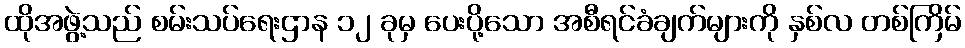
ထိုအဖွဲ့သည် စမ်းသပ်ရေးဌာန ၁၂ ခုမှ ပေးပို့သော အစီရင်ခံချက်များကို နှစ်လ တစ်ကြိမ်